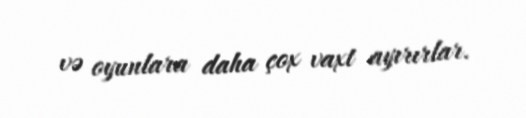
və oyunlara daha çox vaxt ayırırlar.